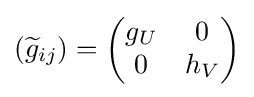
({\widetilde {g}}_{ij})={\begin{pmatrix}g_{U}&0\\0&h_{V}\end{pmatrix}}